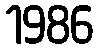
1986